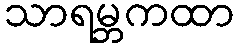
သာရမ္ဘကထာ